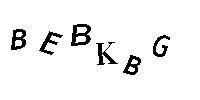
BEBKBG